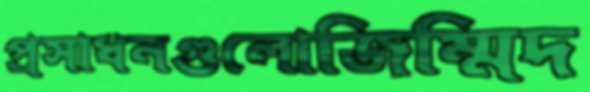
প্রসাধনগুলোজিম্মিদ